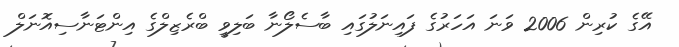
އޭގެ ކުރިން 2006 ވަނަ އަހަރުގެ ފައިނަލުގައި ބާސެލޯނާ ބަލިވީ ބްރެޒިލްގެ އިންޓަނާސިއޮނަލް